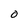
Character: O